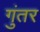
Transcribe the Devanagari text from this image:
गुंतर